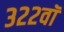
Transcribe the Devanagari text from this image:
३२२वॉ